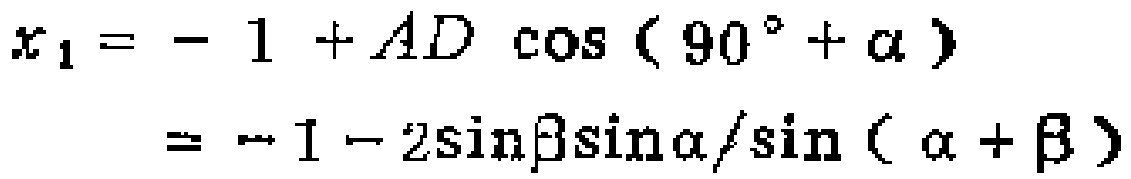
\[
\begin{align*}
x_{1}&=- 1 + AD\cos(90^{\circ}+\alpha)\\
&=-1 - 2\sin\beta\sin\alpha/\sin(\alpha+\beta)
\end{align*}
\]